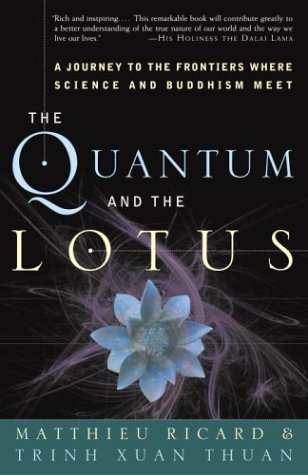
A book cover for The Quantum and the Lotus: A Journey to the Frontiers Where Science and Buddhism Meet; Matthieu Ricard; Science & Math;